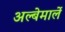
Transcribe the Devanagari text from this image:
अल्बेमार्ले